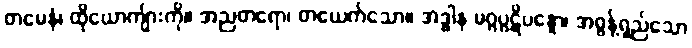
တမေနံ၊ ထိုယောကျ်ားကို။ အညတရော၊ တယေက်သော။ အဒ္ဓါန မဂ္ဂပ္ပဋိပန္နော၊ အဓွန့်ရှည်သော